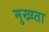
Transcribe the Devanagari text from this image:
मुख्य्ता